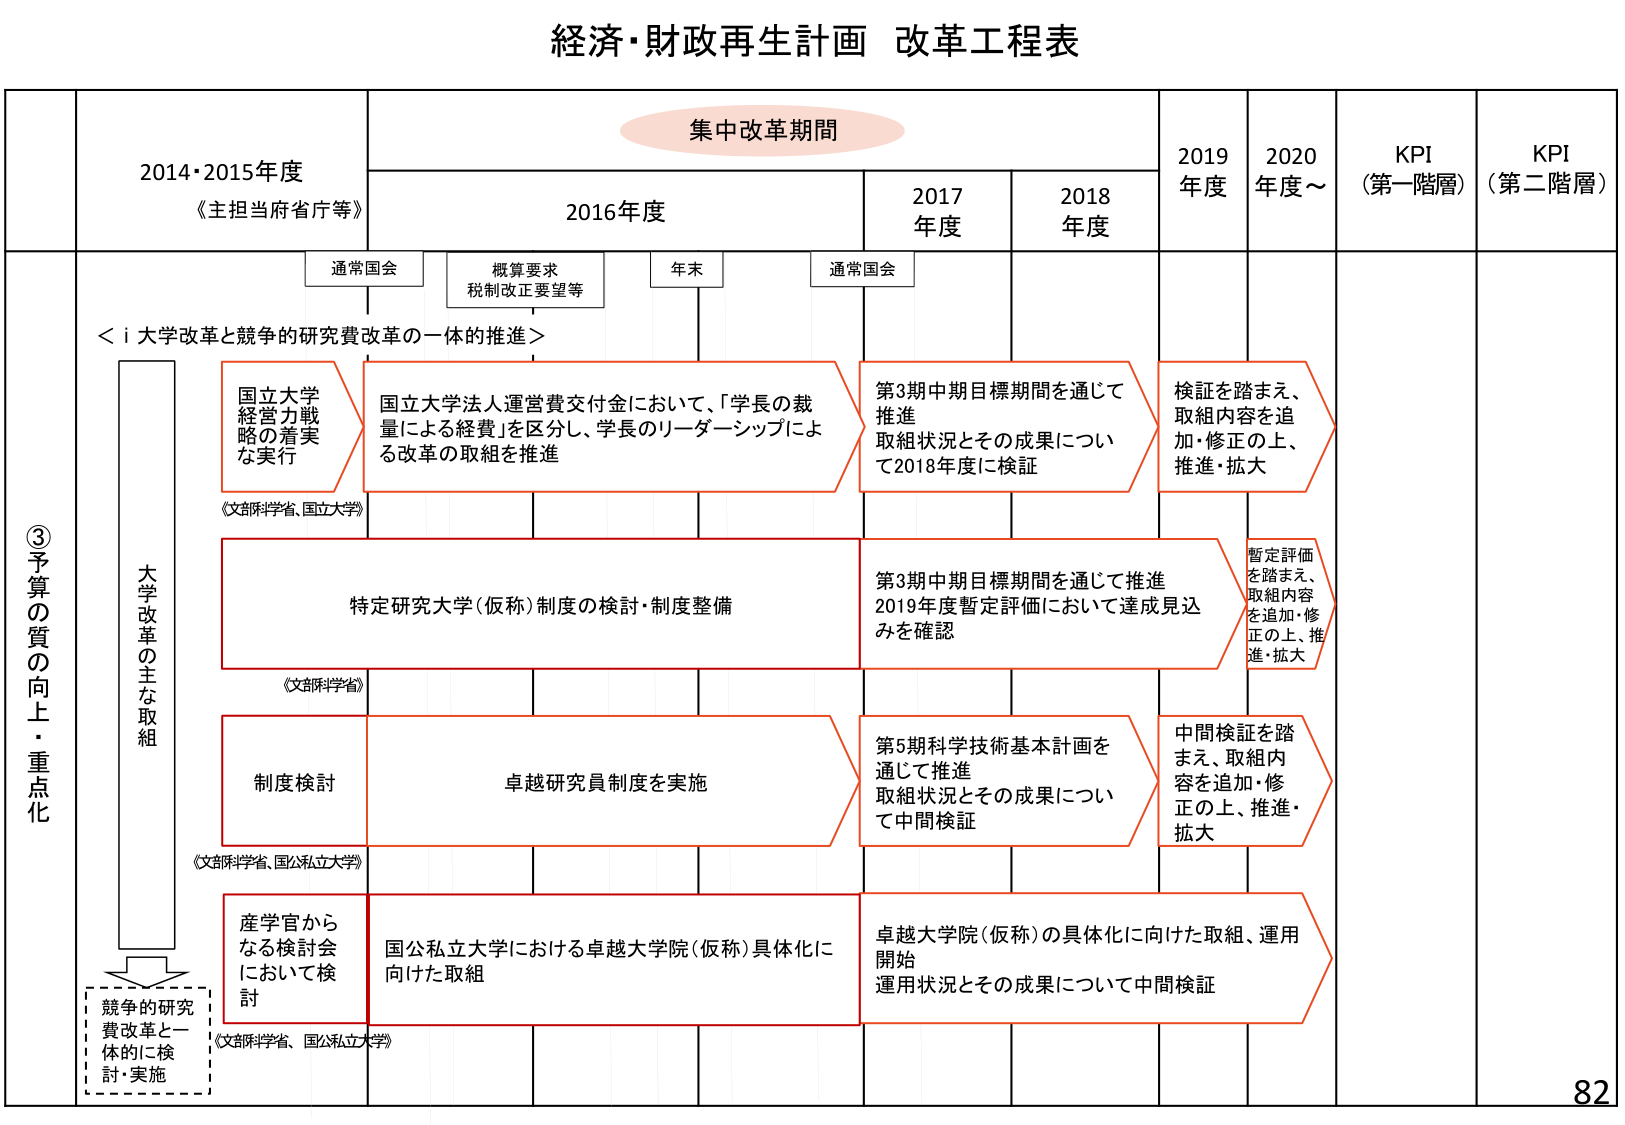
経済・財政再生計画 改革工程表

集中改革期間

2014・2015年度
《主担当府省庁等》

2016年度
通常国会
概算要求
税制改正要望等
年末
通常国会

2017年度
2018年度
2019年度
2020年度～
KPI（第一階層）
KPI（第二階層）

③予算の質の向上・重点化

＜i 大学改革と競争的研究費改革の一体的推進＞

大学改革の主な取組

国立大学経営力戦略の着実な実行
《文部科学省、国立大学》

国立大学法人運営費交付金において、「学長の裁量による経費」を区分し、学長のリーダーシップによる改革の取組を推進

第3期中期目標期間を通じて推進
取組状況とその成果について2018年度に検証

検証を踏まえ、取組内容を追加・修正の上、推進・拡大

特定研究大学（仮称）制度の検討・制度整備
《文部科学省》

第3期中期目標期間を通じて推進
2019年度暫定評価において達成見込みを確認

暫定評価を踏まえ、取組内容を追加・修正の上、推進・拡大

制度検討
《文部科学省、国公私立大学》

卓越研究員制度を実施

第5期科学技術基本計画を通じて推進
取組状況とその成果について中間検証

中間検証を踏まえ、取組内容を追加・修正の上、推進・拡大

産学官からなる検討会において検討
《文部科学省、国公私立大学》

国公私立大学における卓越大学院（仮称）具体化に向けた取組

卓越大学院（仮称）の具体化に向けた取組、運用開始
運用状況とその成果について中間検証

競争的研究費改革と一体的に検討・実施

82